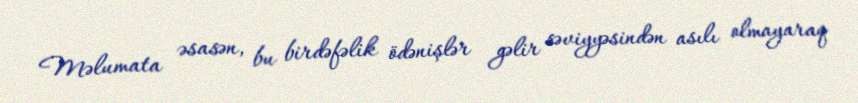
Məlumata əsasən, bu birdəfəlik ödənişlər gəlir səviyyəsindən asılı olmayaraq